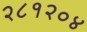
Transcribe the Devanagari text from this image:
२८१२०४